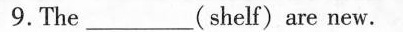
9.The ___ (shelf) are new.